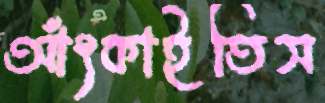
আঁৎকাইতিস